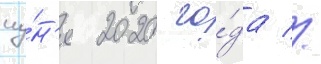
иу́н'я 2020 го́да //